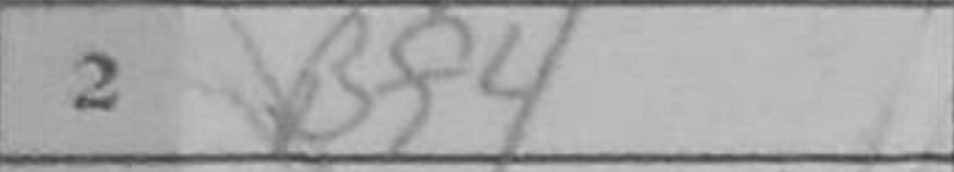
Transcription: Bf4